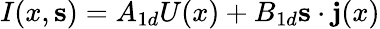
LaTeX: I(x,{\mathbf s})=A_{1d}U(x)+B_{1d}{\mathbf s}\cdot{\mathbf j}(x)